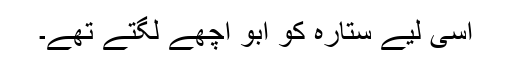
اسی لیے ستارہ کو ابو اچھے لگتے تھے۔